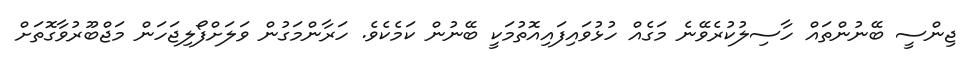
ޖިންސީ ބޭނުންތައް ހާސިލުކުރެވޭނެ މަގެއް ހުޅުވައިފައިއޮތުމަކީ ބޭނުން ކަމެކެވެ. ހަރާންމަގުން ވަލަށްފޯލިޖަހަން މަޖްބޫރުވާގޮތަށް